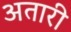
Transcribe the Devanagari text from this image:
अतारी